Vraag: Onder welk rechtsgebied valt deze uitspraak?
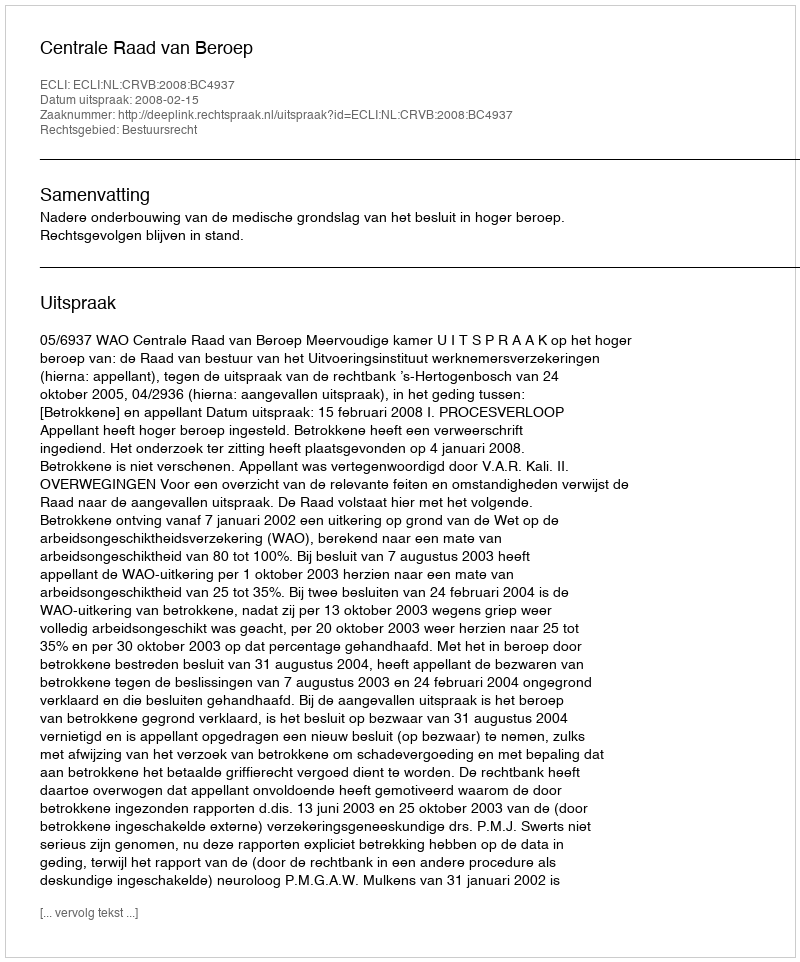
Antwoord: Bestuursrecht